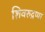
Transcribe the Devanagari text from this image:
शिवरुद्रप्पा